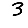
Digit: 3